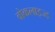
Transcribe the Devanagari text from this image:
वोकलाइज्ड